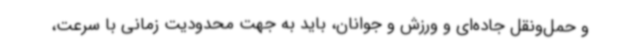
و حمل‌ونقل جاده‌ای و ورزش و جوانان، باید به جهت محدودیت زمانی با سرعت،